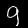
Label: 9